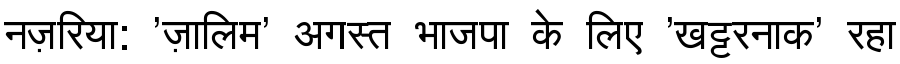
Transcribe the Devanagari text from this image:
नज़रिया: 'ज़ालिम' अगस्त भाजपा के लिए 'खट्टरनाक' रहा